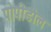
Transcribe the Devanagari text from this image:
पोपीडोल